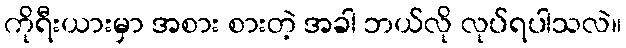
ကိုရီးယားမှာ အစား စားတဲ့ အခါ ဘယ်လို လုပ်ရပါသလဲ။